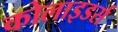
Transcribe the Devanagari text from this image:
कोलाइडर्स